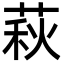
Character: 萩